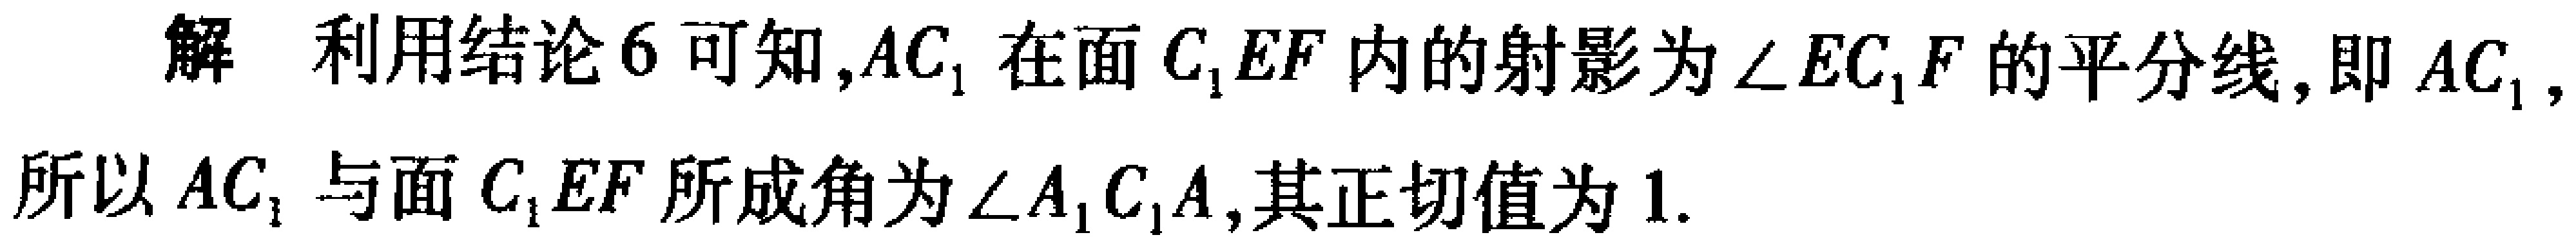
解 利用结论 6 可知,$AC_{1}$在面$C_{1}EF$内的射影为$\angle EC_{1}F$的平分线,即$AC_{1}$,所以$AC_{1}$与面$C_{1}EF$所成角为$\angle A_{1}C_{1}A$,其正切值为$1$.